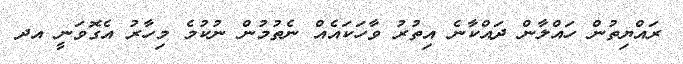
ރައްޔިތުން ހައްލާން ދައްކާނެ އިތުރު ވާހަކައެއް ނެތުމުން ނުކުމެ މިހާރު އެގޮވަނީ އދ